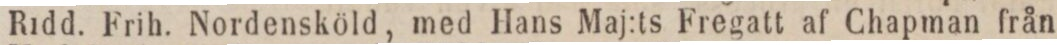
Ridd. Frih. Nordensköld, med Hans Maj:ts Fregatt af Chapman från